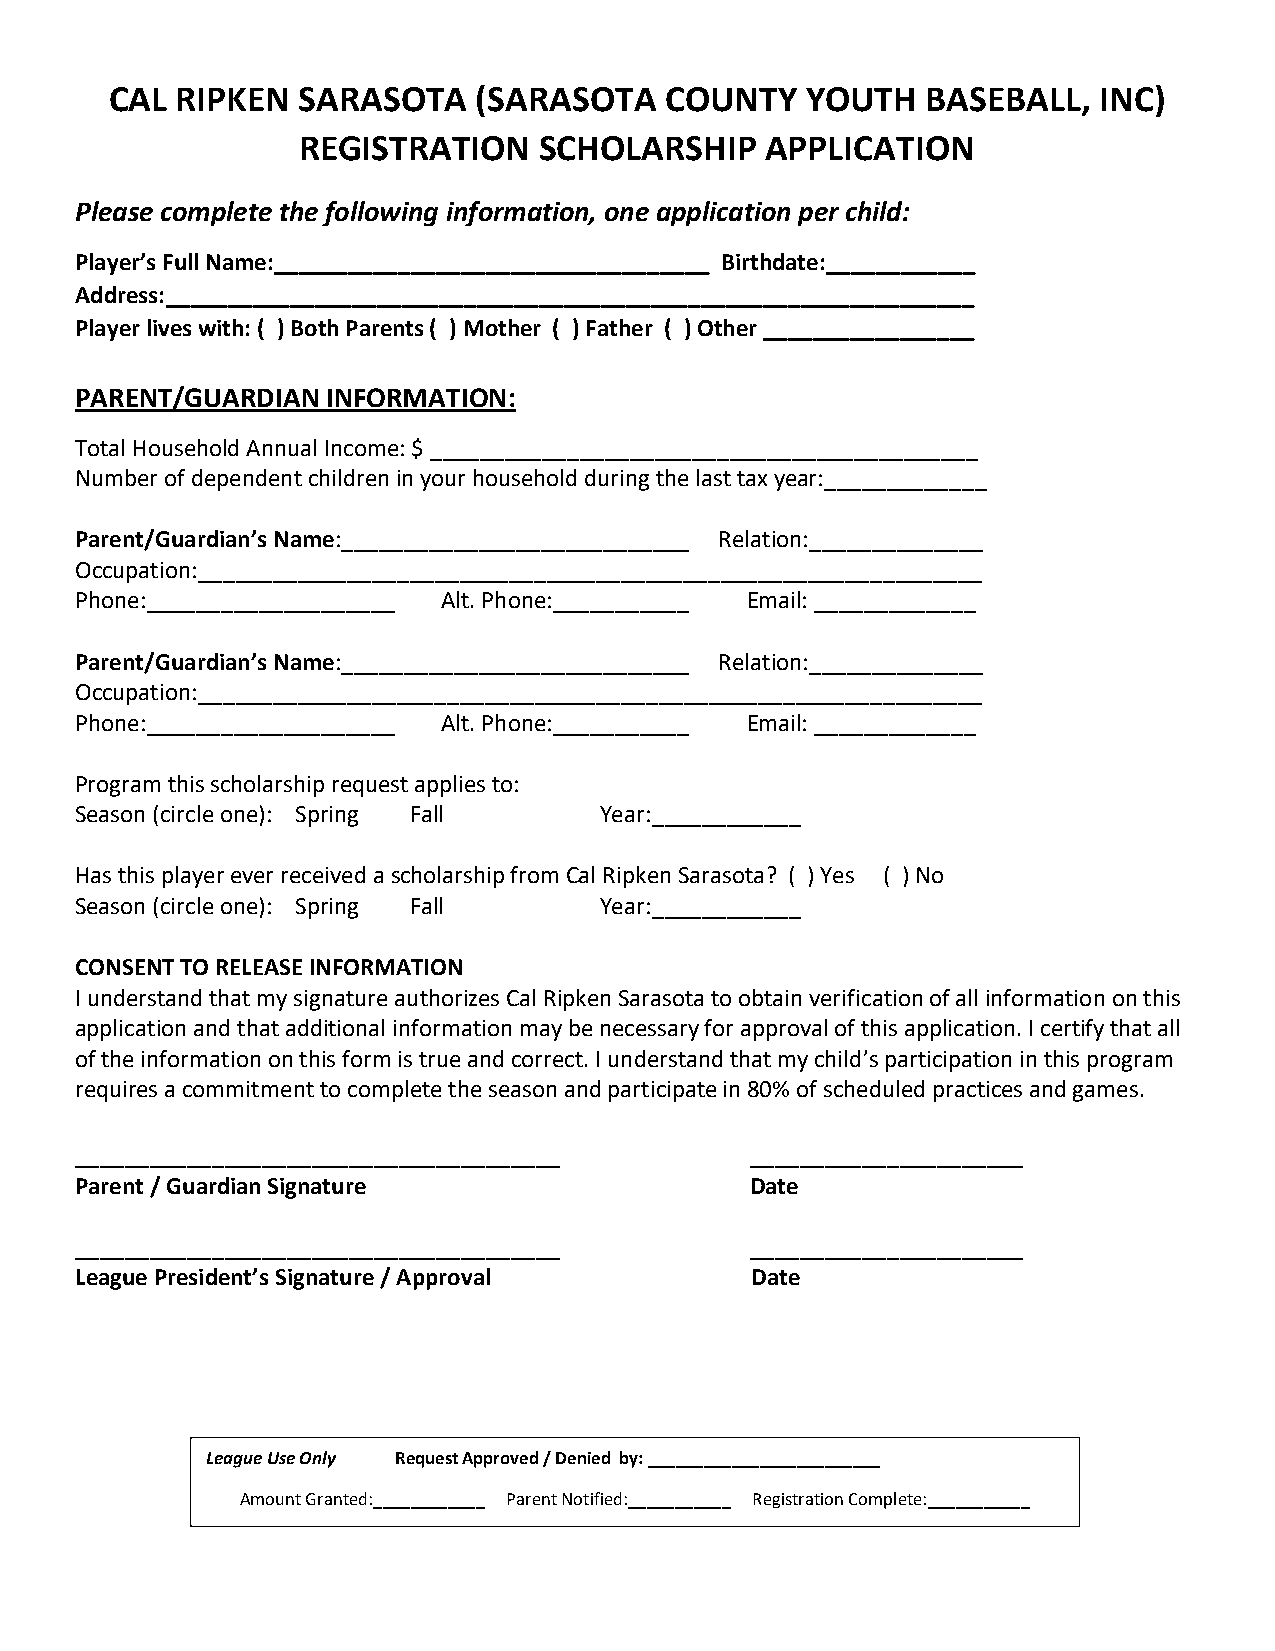
CAL  RIPKEN  SARASOTA    (SARASOTA   COUNTY   YOUTH   BASEBALL,   INC)
 REGISTRATION    SCHOLARSHIP    APPLICATION
 Please complete the following information, one application per child:
 Player’s Full Name:___________________________________ Birthdate:____________
 Address:_________________________________________________________________
 Player lives with: ( ) Both Parents ( ) Mother ( ) Father ( ) Other _________________
 PARENT/GUARDIAN  INFORMATION:
 Total Household Annual Income: $ ____________________________________________
 Number of dependent children in your household during the last tax year:_____________
 Parent/Guardian’s Name:____________________________ Relation:______________
 Occupation:_______________________________________________________________
 Phone:____________________ Alt. Phone:___________ Email: _____________
 Parent/Guardian’s Name:____________________________ Relation:______________
 Occupation:_______________________________________________________________
 Phone:____________________ Alt. Phone:___________ Email: _____________
 Program this scholarship request applies to:
 Season (circle one): Spring Fall   Year:____________
 Has this player ever received a scholarship from Cal Ripken Sarasota? ( ) Yes ( ) No
 Season (circle one): Spring Fall   Year:____________
 CONSENT TO RELEASE INFORMATION
 I understand that my signature authorizes Cal Ripken Sarasota to obtain verification of all information on this
 application and that additional information may be necessary for approval of this application. I certify that all
 of the information on this form is true and correct. I understand that my child’s participation in this program
 requires a commitment to complete the season and participate in 80% of scheduled practices and games.
 _______________________________________      ______________________
 Parent / Guardian Signature                  Date
 _______________________________________      ______________________
 League President’s Signature / Approval      Date
 League Use Only Request Approved / Denied by: _________________________
 Amount Granted:____________ Parent Notified:___________ Registration Complete:___________